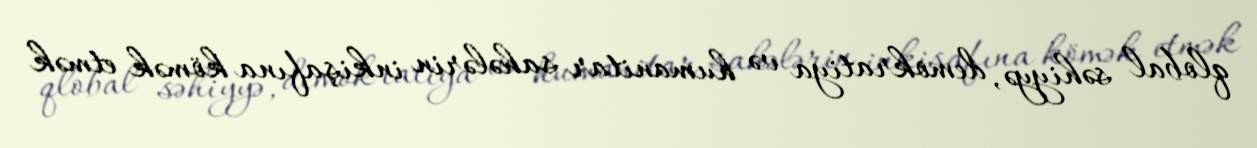
qlobal səhiyyə, demokratiya və humanitar sahələrin inkişafına kömək etmək